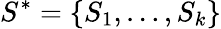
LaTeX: S^{*}=\left\{ S_{1},\ldots,S_{k}\right\}